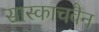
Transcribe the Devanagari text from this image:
सास्काचवैन